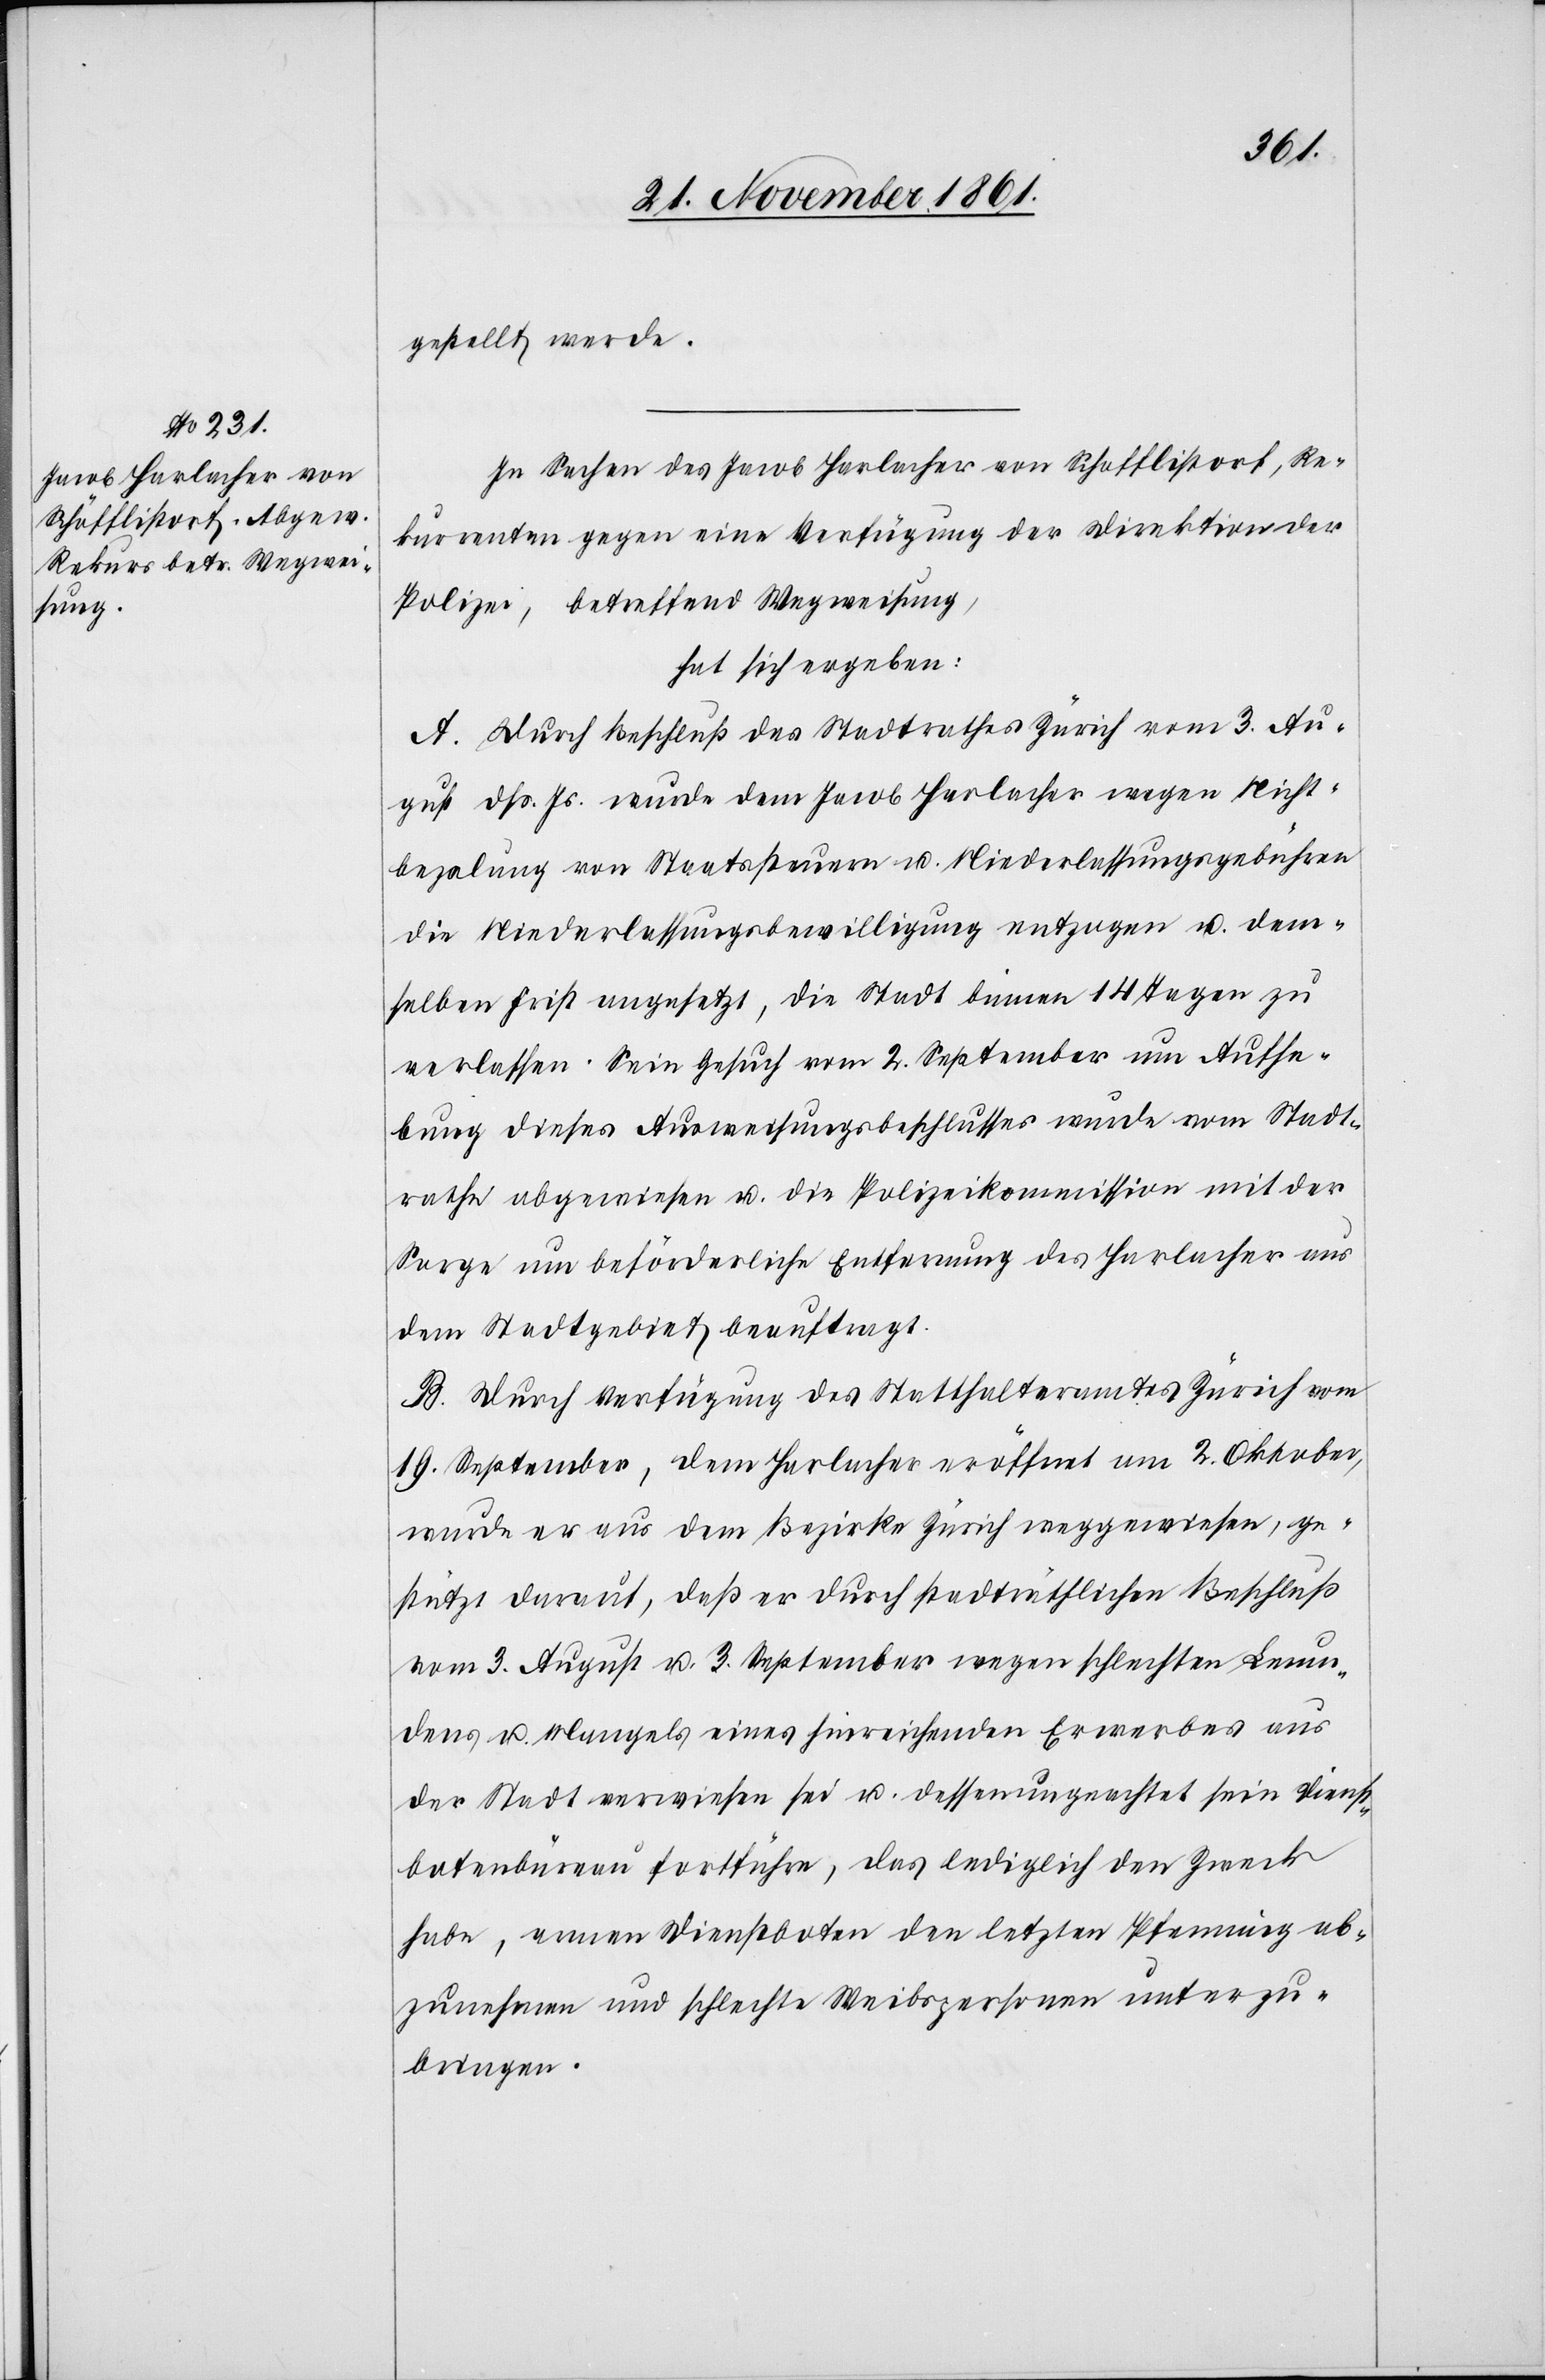
gestellt werde.
In Sachen des Jacob Harlacher von Schofflistorf, Re¬
kurrenten gegen eine Verfügung der Direktion der
Polizei, betreffend Wegweisung,
hat sich ergeben:
A. Durch Beschluß des Stadtrathes Zürich vom 3 Au¬
gust dß. Js. wurde dem Jacob Harlacher wegen Nicht¬
bezalung von Staatssteuern u. Niederlassungsgebühren
die Niederlaßungsbewilligung entzogen u. dem¬
selben Frist angesetzt, die Stadt binnen 14 Tagen zu
verlassen. Sein Gesuch vom 2 September um Aufhe¬
bung dieses Ausweisungsbeschlusses wurde vom Stadt¬
rath abgewiesen u. die Polizeikommission mit der
Sorge um beförderliche Entfernung des Harlacher aus
dem Stadtgebiet beauftragt.
B. Durch Verfügung des Statthalteramtes Zürich vom
19 September, dem Harlacher eröffnet am 2 Oktober,
wurde er aus dem Bezirke Zürich weggewiesen, ge¬
stützt darauf, daß er durch stadträthlichen Beschluß
vom 3 August u. 3 September wegen schlechten Leumun¬
dens u. Mangels eines hinreichenden Erwerbes aus
der Stadt verwiesen sei u. dessenungeachtet sein Dienst¬
botenbüreau fortführe, das lediglich den Zweck
habe, neuen Dienstboten den letzten Pfenning ab¬
zunehmen und schlechte Weibspersonen unterzu¬
bringen.